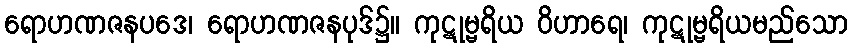
ရောဟဏဇနပဒေ၊ ရောဟဏဇနပုဒ်၌။ ကုဋုမ္ဗရိယ ဝိဟာရေ၊ ကုဋုမ္ဗရိယမည်သော